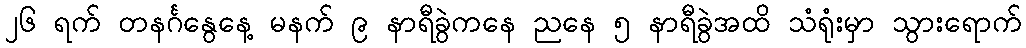
၂၆ ရက် တနင်္ဂနွေနေ့ မနက် ၉ နာရီခွဲကနေ ညနေ ၅ နာရီခွဲအထိ သံရုံးမှာ သွားရောက်